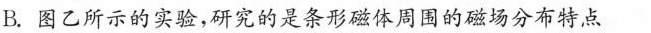
B.图乙所示的实验，研究的是条形磁体周围的磁场分布特点